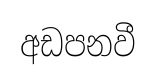
අඩපනවී